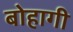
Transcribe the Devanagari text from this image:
बोहागी